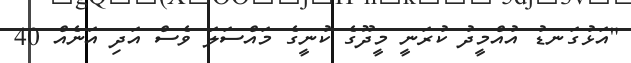
"އަޅުގަނޑު އުއްމީދު ކުރަނީ މީދޫގެ ކުނީގެ މައްސަލަ ވެސް އަދި އަނެއް 40